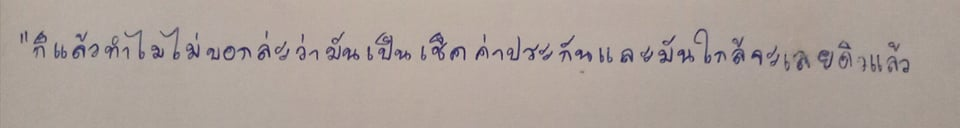
"ก็แล้วทำไมไม่บอกล่ะว่ามันเป็นเช็คค่าประกันและมันใกล้จะเลยดิวแล้ว